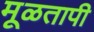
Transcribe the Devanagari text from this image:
मूळतापी